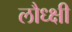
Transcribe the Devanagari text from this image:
लौध्क्षी